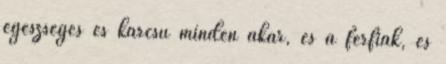
egészséges és karcsú minden akar, és a férfiak, és